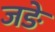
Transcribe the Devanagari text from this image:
जङे